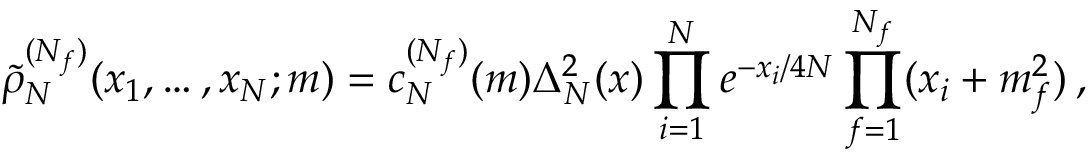
\widetilde \rho _ { N } ^ { ( N _ { f } ) } ( x _ { 1 } , \ldots , x _ { N } ; m ) = c _ { N } ^ { ( N _ { f } ) } ( m ) \Delta _ { N } ^ { 2 } ( x ) \prod _ { i = 1 } ^ { N } e ^ { - x _ { i } / 4 N } \prod _ { f = 1 } ^ { N _ { f } } ( x _ { i } + m _ { f } ^ { 2 } ) \: ,